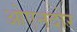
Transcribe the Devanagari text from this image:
ओएनदोर